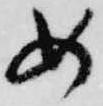
め